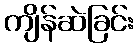
ကျိန်ဆဲခြင်း